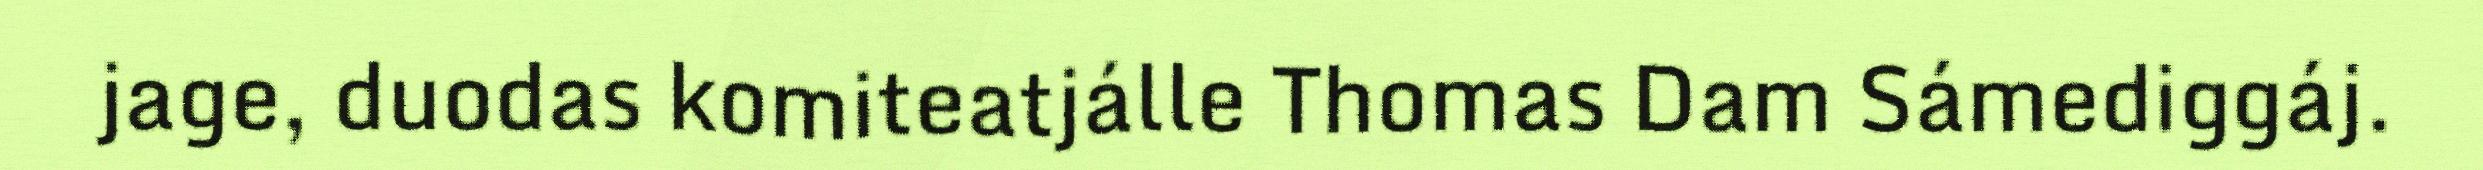
jage, duodas komiteatjálle Thomas Dam Sámediggáj.